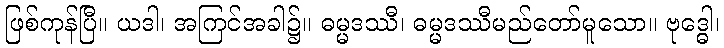
ဖြစ်ကုန်ပြီ။ ယဒါ၊ အကြင်အခါ၌။ ဓမ္မဒဿီ၊ ဓမ္မဒဿီမည်တော်မူသော။ ဗုဒ္ဓေါ၊